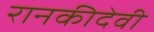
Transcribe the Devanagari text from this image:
रानकीदेवी